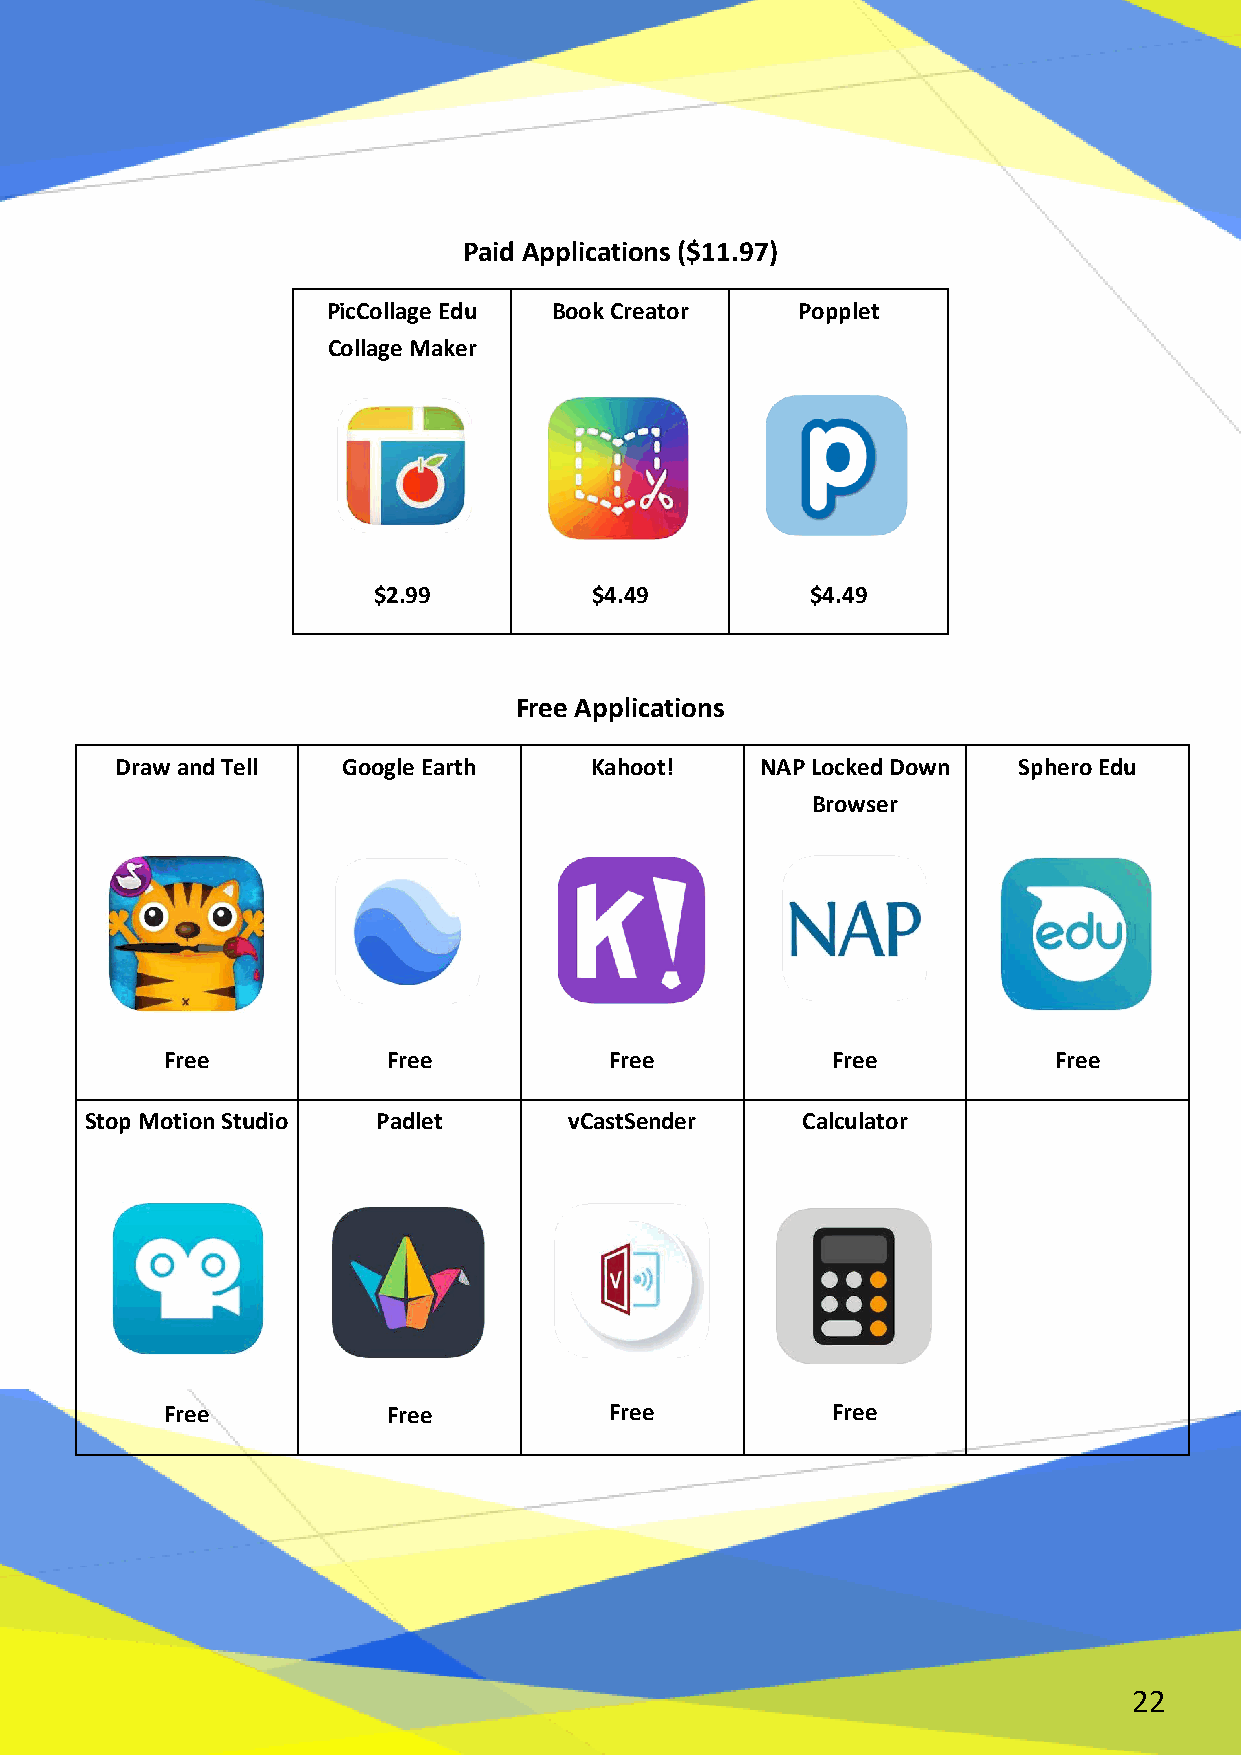
Paid Applications ($11.97)
 PicCollage Edu Book Creator    Popplet
 Collage Maker
 $2.99         $4.49          $4.49
 Free Applications
 Draw and Tell  Google Earth    Kahoot!    NAP Locked Down  Sphero Edu
 Browser
 Free           Free          Free           Free           Free
 Stop Motion Studio Padlet       vCastSender    Calculator
 Free           Free          Free           Free
 22